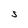
Character: S